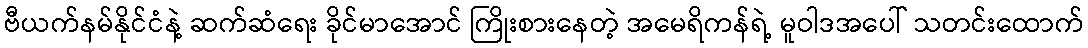
ဗီယက်နမ်နိုင်ငံနဲ့ ဆက်ဆံရေး ခိုင်မာအောင် ကြိုးစားနေတဲ့ အမေရိကန်ရဲ့ မူဝါဒအပေါ် သတင်းထောက်